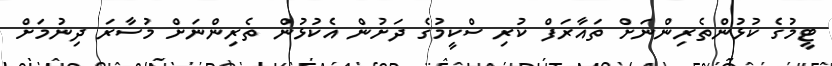
ޓީމުގެ ކުޅުންތެރިންނަށް ތައާރަފް ކުރި ސްކީމުގެ ދަށުން އެކުޅުން ތެރިންނަށް މުސާރަ ދިނުމަށް